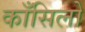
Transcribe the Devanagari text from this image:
काँसिलो